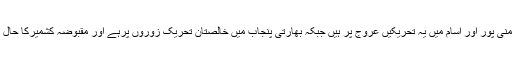
ناگالینڈ ، مینر ورام ، منی پور اور آسام میں یہ تحریکیں عروج پر ہیں جبکہ بھارتی پنجاب میں خالصتان تحریک زوروں پرہے اور مقبوضہ کشمیرکا حال تو سب ہی جانتے ہیں۔